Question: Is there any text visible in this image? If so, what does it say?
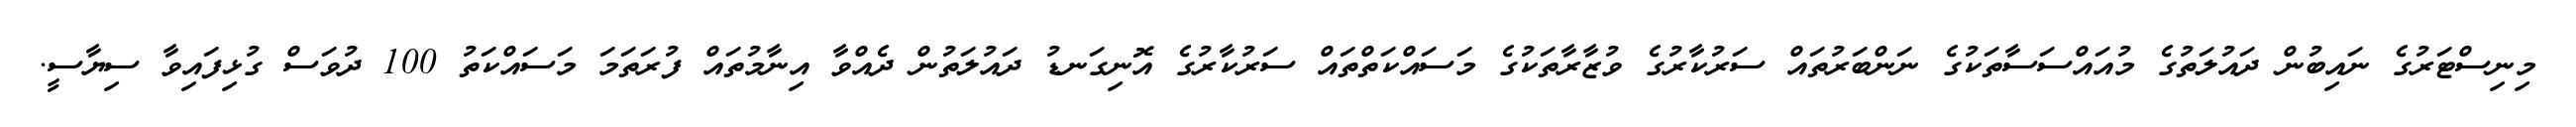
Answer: މިނިސްޓަރުގެ ނައިބުން ދައުލަތުގެ މުއައްސަސާތަކުގެ ނަންބަރުތައް ސަރުކާރުގެ ވުޒާރާތަކުގެ މަސައްކަތްތައް ސަރުކާރުގެ އޮނިގަނޑު ދައުލަތުން ދެއްވާ އިނާމުތައް ފުރަތަމަ މަސައްކަތު 100 ދުވަސް ގުޅިފައިވާ ސިޔާސީ.